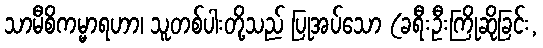
သာမီစိကမ္မာရဟာ၊ သူတစ်ပါးတို့သည် ပြုအပ်သော (ခရီးဦးကြိုဆိုခြင်း,